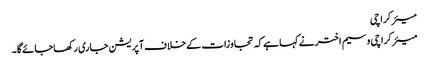
میئر کراچی
میئرکراچی وسیم اخترنے کہا ہےکہ تجاوزات کےخلاف آپریشن جاری رکھاجائےگا۔